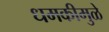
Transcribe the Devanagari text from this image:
धमकीमुळे